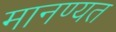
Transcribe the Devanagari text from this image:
मानण्यत